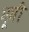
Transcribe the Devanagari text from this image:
गूगी